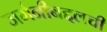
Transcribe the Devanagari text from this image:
जर्मनीबद्दलची